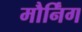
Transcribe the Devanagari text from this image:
मौर्निंग